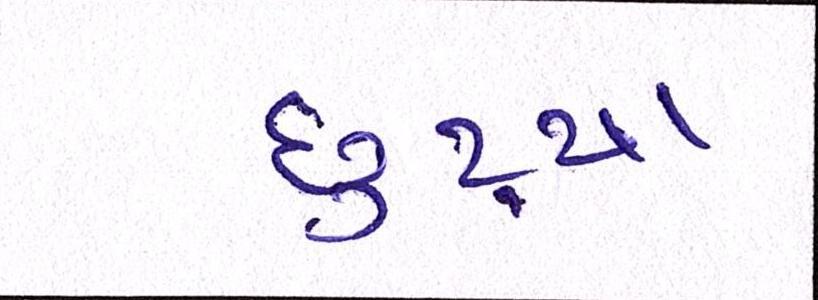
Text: છુટ્યા